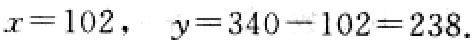
\(x = 102,\ y = 340 - 102 = 238.\)